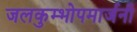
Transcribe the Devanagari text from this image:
जलकुम्भोपमार्जनी